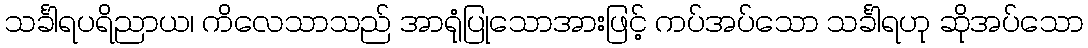
သင်္ခါရပရိညာယ၊ ကိလေသာသည် အာရုံပြုသောအားဖြင့် ကပ်အပ်သော သင်္ခါရဟု ဆိုအပ်သော